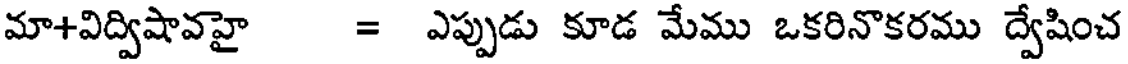
మా+విద్విషావహై = ఎప్పుడు కూడ మేము ఒకరినొకరము ద్వేషించ